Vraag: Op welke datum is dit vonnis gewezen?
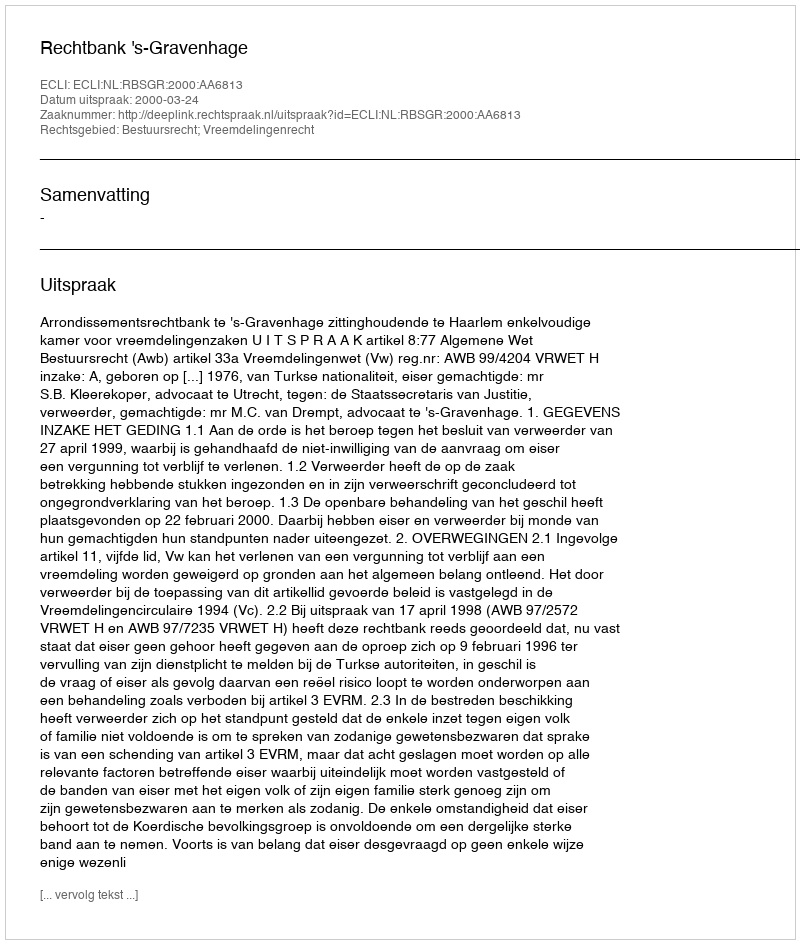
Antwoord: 2000-03-24